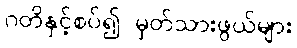
ဂတိနှင့်စပ်၍ မှတ်သားဖွယ်များ